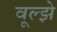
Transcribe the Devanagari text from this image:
वूल्झे